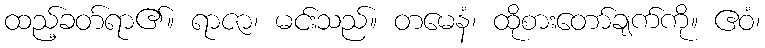
ထည့်ခတ်ရာ၏။ ရာဇာ၊ မင်းသည်။ တမေနံ၊ ထိုစားတော်ချက်ကို။ ဧဝံ၊